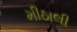
મીઠાલી